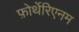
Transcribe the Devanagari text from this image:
फ़ोर्थेरिएनम